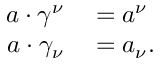
\begin{array} { r l } { a \cdot \gamma ^ { \nu } } & { { } = a ^ { \nu } } \\ { a \cdot \gamma _ { \nu } } & { { } = a _ { \nu } . } \end{array}